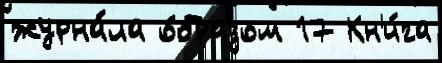
журна́ла о́бразом 17 Кн'и́га